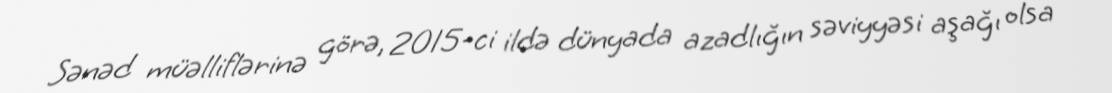
Sənəd müəlliflərinə görə, 2015-ci ildə dünyada azadlığın səviyyəsi aşağı olsa